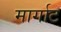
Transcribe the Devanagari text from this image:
मार्गाट